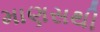
માણસથી